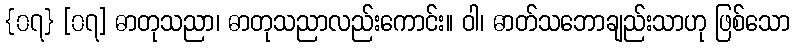
{၀၇} [၀၇] ဓာတုသညာ၊ ဓာတုသညာလည်းကောင်း။ ဝါ၊ ဓာတ်သဘောချည်းသာဟု ဖြစ်သော